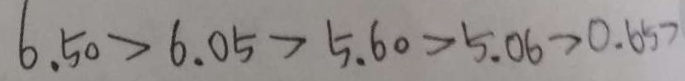
6 . 5 0 > 6 . 0 5 > 5 . 6 0 > 5 . 0 6 > 0 . 6 5 >